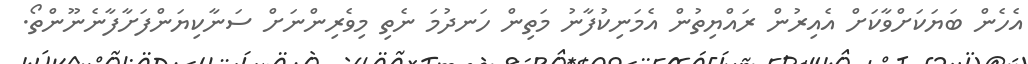
އެހެން ބަޔަކަށްވާކަށް އެއިރުން ރައްޔިތުން އެމަނިކުފާނު މަތިން ހަނދުމަ ނެތި މިވެރިންނަށް ސަނާކިޔަންފަށާފާނެނޫންތޯ.